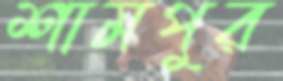
শামপুর